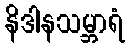
နိဒါနသမ္ဘာရံ